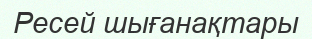
Ресей шығанақтары